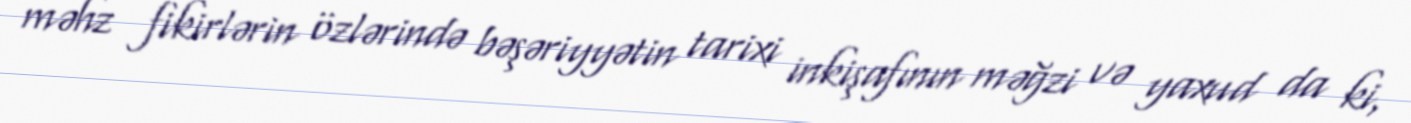
məhz fikirlərin özlərində bəşəriyyətin tarixi inkişafının məğzi və yaxud da ki,